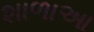
શાળાઆ